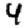
Digit: 4